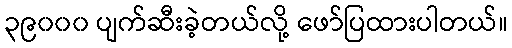
၃၉၀၀၀ ပျက်ဆီးခဲ့တယ်လို့ ဖော်ပြထားပါတယ်။